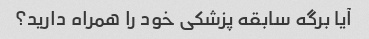
آیا برگه سابقه پزشکی خود را همراه دارید؟